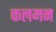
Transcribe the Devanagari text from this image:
कलमन